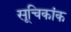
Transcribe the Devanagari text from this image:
सूचिकांक